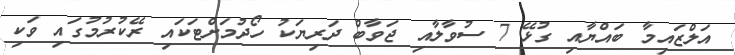
އަލްޒައިމާ ބައްޔާއި ގުޅޭ 7 ސުވާލާއި ޖަވާބް ދަރިޔަކު ހޯދުމަށްޓަކައި ރޭކުރުމުގައި ވަކި